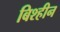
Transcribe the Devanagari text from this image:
बिश्हीन